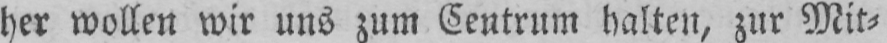
her wollen wir uns zum Centrum halten, zur Mit⸗